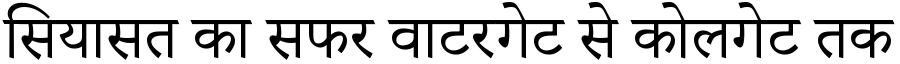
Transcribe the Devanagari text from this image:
सियासत का सफर वाटरगेट से कोलगेट तक